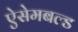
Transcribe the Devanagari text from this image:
ऐसेमबल्ड